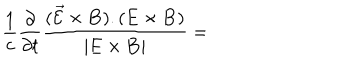
LaTeX: \frac 1 c \frac { \partial } { \partial t } \frac { ( \vec { \cal E } \times { \bf B } ) . ( { \bf E } \times { \bf B } ) } { | { \bf E } \times { \bf B } | } =